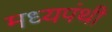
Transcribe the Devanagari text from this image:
मध्यपंथी